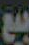
بيع